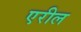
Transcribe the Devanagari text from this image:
एरील